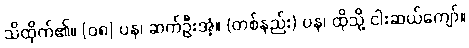
သိထိုက်၏။ [၀၈] ပန၊ ဆက်ဦးအံ့။ (တစ်နည်း) ပန၊ ထိုသို့ ငါးဆယ်ကျော်။